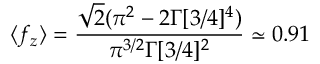
\langle f _ { z } \rangle = \frac { \sqrt { 2 } ( \pi ^ { 2 } - 2 \Gamma [ 3 / 4 ] ^ { 4 } ) } { \pi ^ { 3 / 2 } \Gamma [ 3 / 4 ] ^ { 2 } } \simeq 0 . 9 1